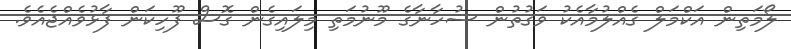
ލޯމަތިން އަކްމަލް ގެއްލުމާއެކު ވަގުތުން ސުހާނާގެ މޫނުމަތި މިލައިގެން ގޮސް ފޫހިކަން ފާޅުވެއްޖެއެވެ.